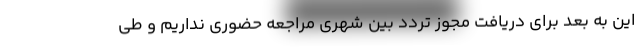
این به بعد برای دریافت مجوز تردد بین شهری مراجعه حضوری نداریم و طی